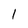
Character: 1